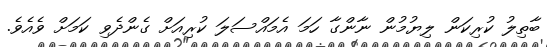
ބާތިލު ކުރިކަން ލިޔުމުން ނާންގާ ހަމަ އެމައްސަލަ ކުރިއަށް ގެންދެވި ކަމަށް ވެއެވެ.